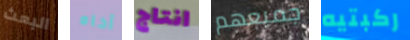
البعث أخاه انتاج جميعهم ركبتيه